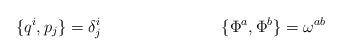
LaTeX: \begin{align*}\{ q^i, p_j \} = \delta^i_j \hspace{1.2in} \{\Phi^a, \Phi^b\} = \omega^{ab}\end{align*}